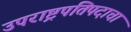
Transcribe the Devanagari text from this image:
उपराष्ट्रपतिपदाचा